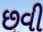
છવી